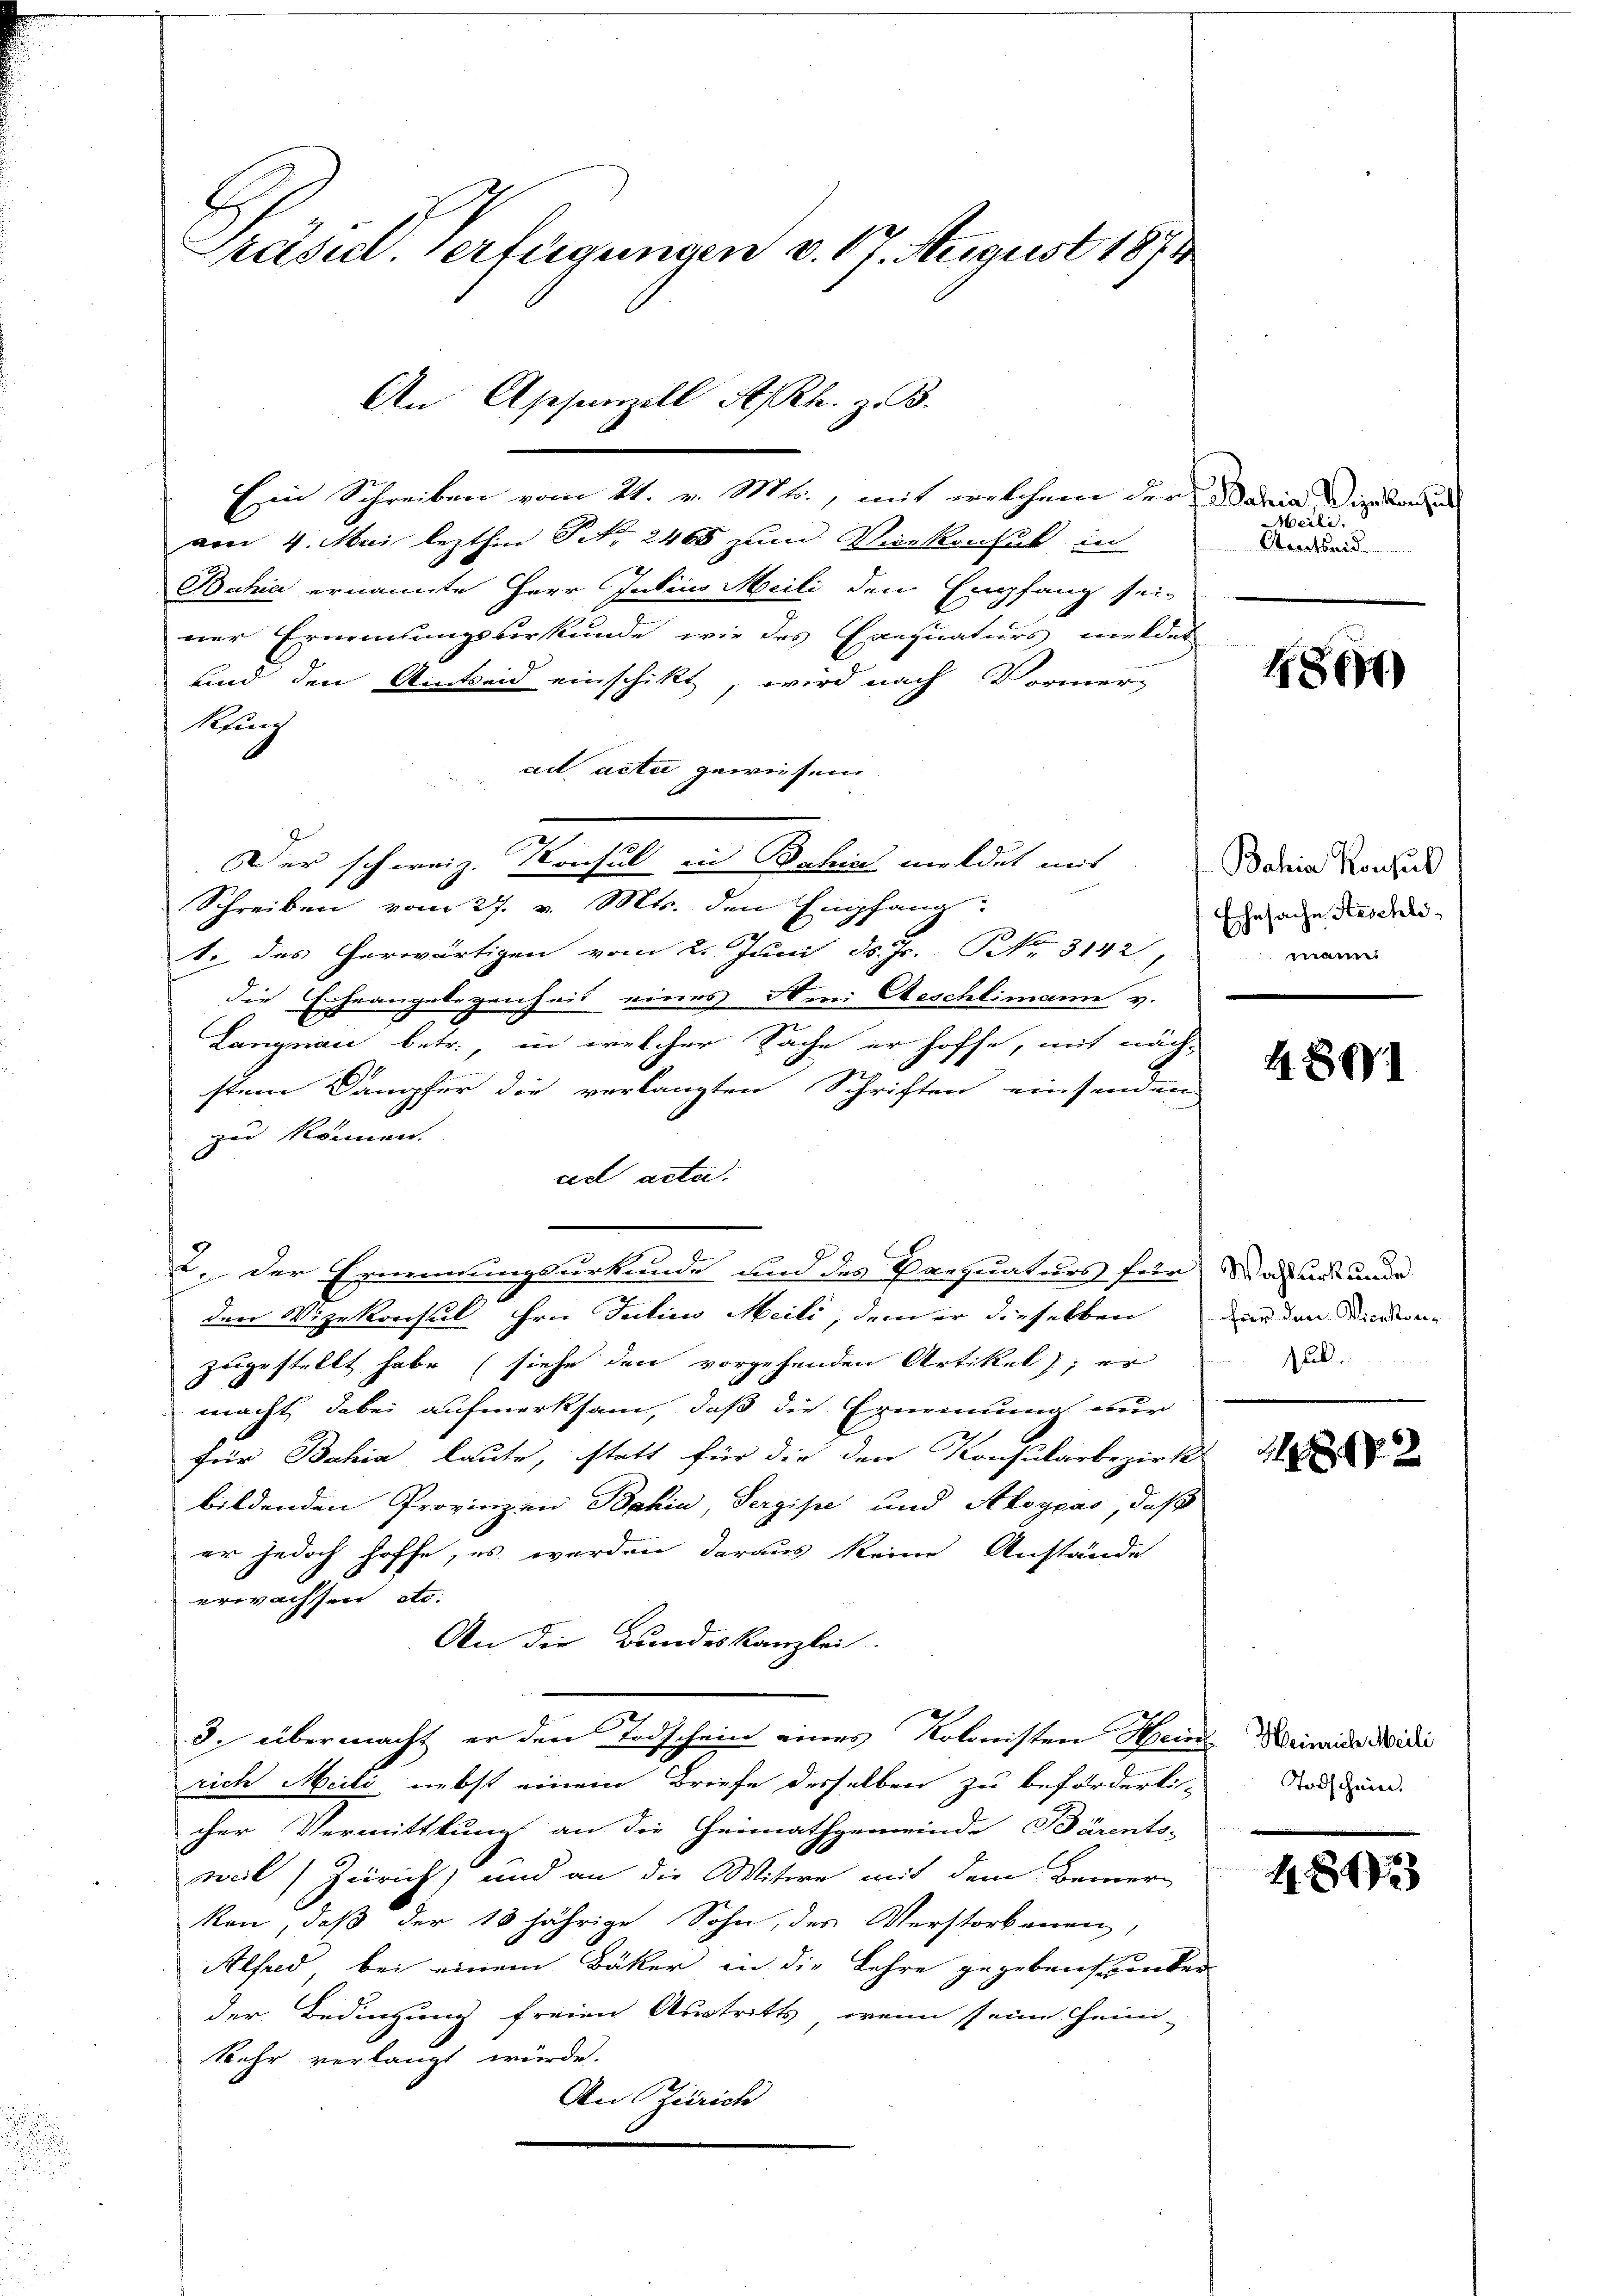
Präsiel. Verfügungen v. 17. August 1874

Ein Schreiben vom 21. v. Mts., mit welchem der Bahia die von de
am 4. Mai lezthin Frk. 2465 zum Verkonsul in
Bahia ernannte Herr Julius Meili den Empfang sei-
ner Ernennungsurkunde wie des Exequaturs meldet
und den Amtseid einschikt, wird nach Vormer¬
Rfung
ait acti gewiesen
Der schweiz. Konsul in Behin meldet mit dein Konsend
Schreiben vom 27. v. Mts. den Empfang
1. des herwärtigen vom 2. Juni d. Js. Nr. 3142
die Erheangelegenheit eines Stini Aeschlimann v.
Langnau betr., in welcher Sache er hoffe, mit nächstem Dampfer die verlangten Schriften einsenden
zun können.
nidt acta.
den Wizekonsul hrn. Julius Meili, dem er dieselben der den diesen-
zugestellt habe (siehe den vorgehenden Artikel; er
macht dabei aufmerksam, daß die Ernennung nur
für Bahia laute, statt für die den Konsularbezirk
bildenden Provinzen Bahia, Sergipe und Aloycas, daß
er jedoch hoffe, es werden daraus keine Anstände
erwachsen etc.
An die Bundeskanzlei.
3. übermacht er den Todschein eines Kolonisten Heins
rich Meili, nebst einem Briefe desselben zu beförderli-
cher Vermittlung an die Heimathgemeinde Bärents-
weil) Zürich) und an die Witwe mit dem Bemer-
kon, daß der 18 jährige Sohn, des Verstorbenen
Alfred, bei einem Bäker in die Lehre gegebensunter
der Bedingung freien Austritts, wenn seine Heim-
Kehr verlangt würde.
An Zürich

An Appenzell Asek. z. B.

J
2. Der Erinnnungsurkunde um des Parquaturs für das uns unde

Meile.
Marthei

486)

Ehesache Aeschlimanns

4. 891

Jul.

2

Heinrich Meili
Todschein.

48133